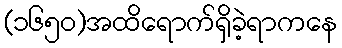
(၁၆၅၀)အထိရောက်ရှိခဲ့ရာကနေ